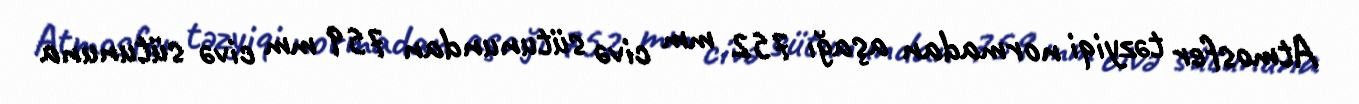
Atmosfer təzyiqi normadan aşağı 752 mm civə sütunundan 759 mm civə sütununa